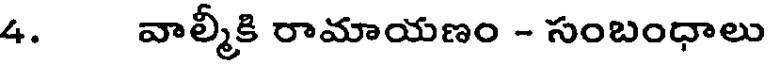
4. వాల్మీకి రామాయణం - సంబంధాలు